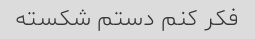
فکر کنم دستم شکسته